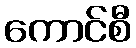
ကောင်စီ